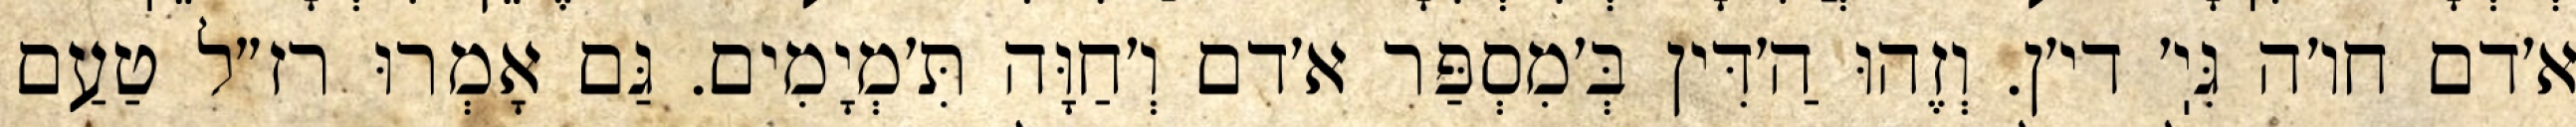
א׳דם חו׳ה גִּיֽ׳ די׳ן. וְזֶהוּ הַ׳דִּין בְּ׳מִסְפַּר א׳דם וְ׳חַוָּה תִּ׳מְיָמִים. גַּם אָמְרוּ רז״ל טַעַם